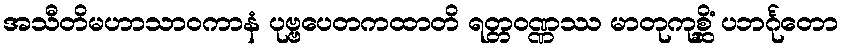
အသီတိမဟာသာဝကာနံ ပုဗ္ဗပေတကထာတိ ရတ္တဝဏ္ဏဿ မာတုကုစ္ဆိံ ပဘင်္ဂုတော